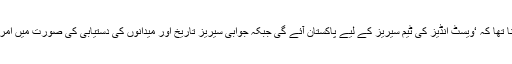
چیئرمین پی سی بی کا کہنا تھا کہ ‘ویسٹ انڈیز کی ٹیم سیریز کے لیے پاکستان آئے گی جبکہ جوابی سیریز تاریخ اور میدانوں کی دستیابی کی صورت میں امریکا میں کھیلی جائے گی’۔